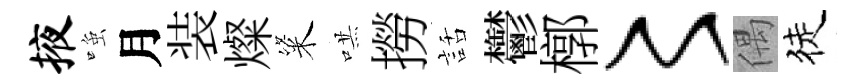
掖𫪻月装燦粢哄撈話鬱槨〻偶徒